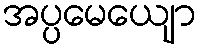
အပ္ပမေယျော